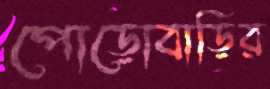
পোড়োবাড়ির